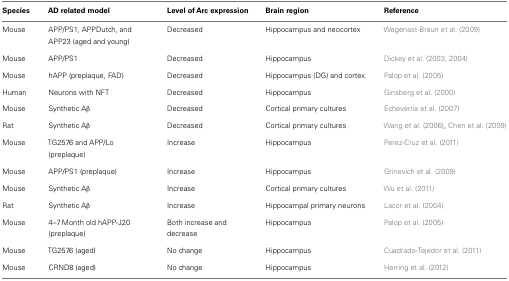
<table><thead><tr><td><b>Species</b></td><td><b>AD related model</b></td><td><b>Level of Arc expression</b></td><td><b>Brain region</b></td><td><b>Reference</b></td></tr></thead><tbody><tr><td>Mouse</td><td>APP/PS1, APPDutch, and APP23 (aged and young)</td><td>Decreased</td><td>Hippocampus and neocortex</td><td>Wegenast-Braun et al. (2009)</td></tr><tr><td>Mouse</td><td>APP/PS1</td><td>Decreased</td><td>Hippocampus</td><td>Dickey et al. (2003, 2004)</td></tr><tr><td>Mouse</td><td>hAPP (preplaque, FAD)</td><td>Decreased</td><td>Hippocampus (DG) and cortex</td><td>Palop et al. (2005)</td></tr><tr><td>Human</td><td>Neurons with NFT</td><td>Decreased</td><td>Hippocampus</td><td>Ginsberg et al. (2000)</td></tr><tr><td>Mouse</td><td>Synthetic Aβ</td><td>Decreased</td><td>Cortical primary cultures</td><td>Echeverria et al. (2007)</td></tr><tr><td>Rat</td><td>Synthetic Aβ</td><td>Decreased</td><td>Cortical primary cultures</td><td>Wang et al. (2006), Chen et al. (2009)</td></tr><tr><td>Mouse</td><td>TG2576 and APP/Lo (preplaque)</td><td>Increase</td><td>Hippocampus</td><td>Perez-Cruz et al. (2011)</td></tr><tr><td>Mouse</td><td>APP/PS1 (preplaque)</td><td>Increase</td><td>Hippocampus</td><td>Grinevich et al. (2009)</td></tr><tr><td>Mouse</td><td>Synthetic Aβ</td><td>Increase</td><td>Cortical primary cultures</td><td>Wu et al. (2011)</td></tr><tr><td>Rat</td><td>Synthetic Aβ</td><td>Increase</td><td>Hippocampal primary neurons</td><td>Lacor et al. (2004)</td></tr><tr><td>Mouse</td><td>4–7 Month old hAPP-J20 (preplaque)</td><td>Both increase and decrease</td><td>Hippocampus</td><td>Palop et al. (2005)</td></tr><tr><td>Mouse</td><td>TG2576 (aged)</td><td>No change</td><td>Hippocampus</td><td>Cuadrado-Tejedor et al. (2011)</td></tr><tr><td>Mouse</td><td>CRND8 (aged)</td><td>No change</td><td>Hippocampus</td><td>Herring et al. (2012)</td></tr></tbody></table>